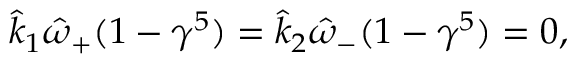
\hat { k } _ { 1 } \hat { \omega } _ { + } ( 1 - \gamma ^ { 5 } ) = \hat { k } _ { 2 } \hat { \omega } _ { - } ( 1 - \gamma ^ { 5 } ) = 0 ,